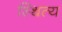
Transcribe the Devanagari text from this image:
स्थित्य